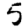
Digit: 5